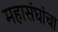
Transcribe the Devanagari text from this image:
महासंघांचा